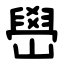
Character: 嶨